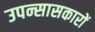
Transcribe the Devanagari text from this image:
उपन्सासकारों